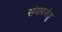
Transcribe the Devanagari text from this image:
संवादसेतू